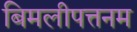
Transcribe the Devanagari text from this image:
बिमलीपत्तनम